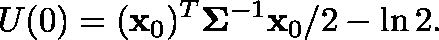
U ( 0 ) = ( \mathbf { x } _ { 0 } ) ^ { T } \mathbf { \Sigma } ^ { - 1 } \mathbf { x } _ { 0 } / 2 - \ln 2 .